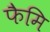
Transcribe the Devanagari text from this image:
फैमि